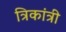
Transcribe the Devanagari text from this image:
त्रिकांत्री